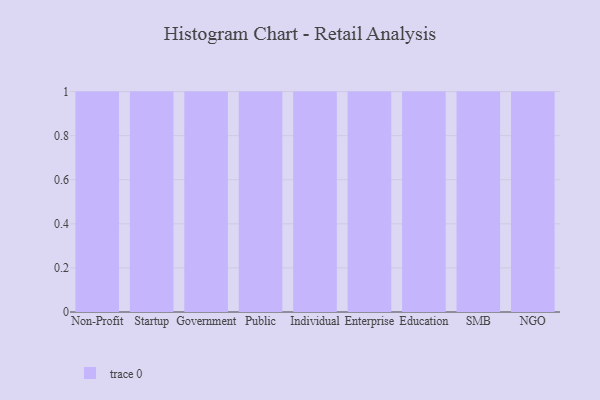
{"axis": {"x": "Segment", "y": "Energy Usage (MWh)"}, "legend": [""], "data": [{"x": "Non-Profit", "y": 70, "type": ""}, {"x": "Startup", "y": 86, "type": ""}, {"x": "Government", "y": 72, "type": ""}, {"x": "Public", "y": 61, "type": ""}, {"x": "Individual", "y": 41, "type": ""}, {"x": "Enterprise", "y": 17, "type": ""}, {"x": "Education", "y": 47, "type": ""}, {"x": "SMB", "y": 55, "type": ""}, {"x": "NGO", "y": 100, "type": ""}]}